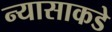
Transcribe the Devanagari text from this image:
न्यासाकडे